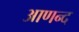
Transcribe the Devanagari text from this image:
आणन्द